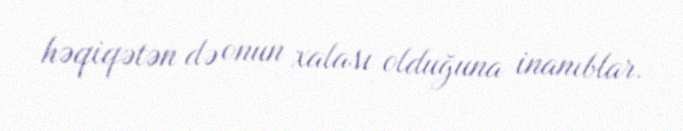
həqiqətən də onun xalası olduğuna inanıblar.